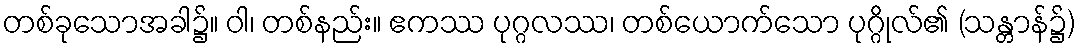
တစ်ခုသောအခါ၌။ ဝါ၊ တစ်နည်း။ ဧကဿ ပုဂ္ဂလဿ၊ တစ်ယောက်သော ပုဂ္ဂိုလ်၏ (သန္တာန်၌)